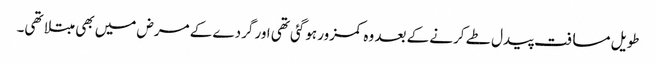
طویل مسافت پیدل طے کرنے کے بعد وہ کمزور ہوگئی تھی اور گردے کے مرض میں بھی مبتلا تھی۔